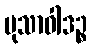
မုသာဝါဒဉ္စ